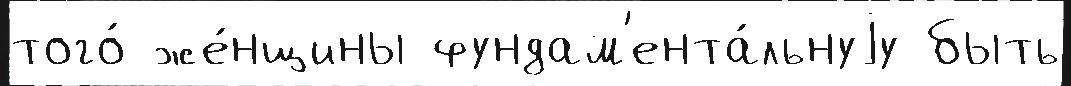
того́ же́нщины фундам'ента́льнуjу быть